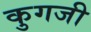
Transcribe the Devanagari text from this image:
कुगजी